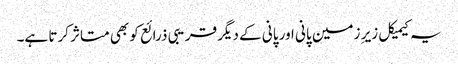
یہ کیمیکل زیر ِ زمین پانی اور پانی کے دیگر قریبی ذرائع کو بھی متاثر کرتا ہے۔